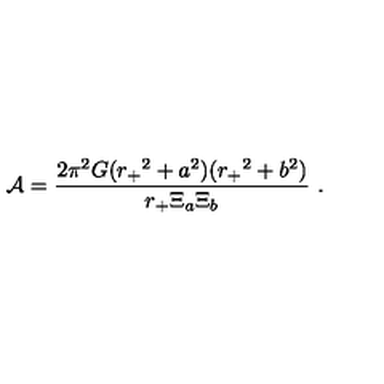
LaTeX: { \cal A } = { \frac { 2 \pi ^ { 2 } G ( { r _ { + } } ^ { 2 } + a ^ { 2 } ) ( { r _ { + } } ^ { 2 } + b ^ { 2 } ) } { { r _ { + } } \Xi _ { a } \Xi _ { b } } } \ .